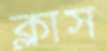
ক্লাস